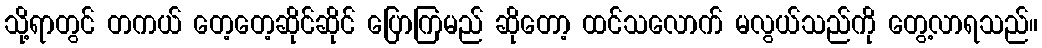
သို့ရာတွင် တကယ် တေ့တေ့ဆိုင်ဆိုင် ပြောကြမည် ဆိုတော့ ထင်သလောက် မလွယ်သည်ကို တွေ့လာရသည်။